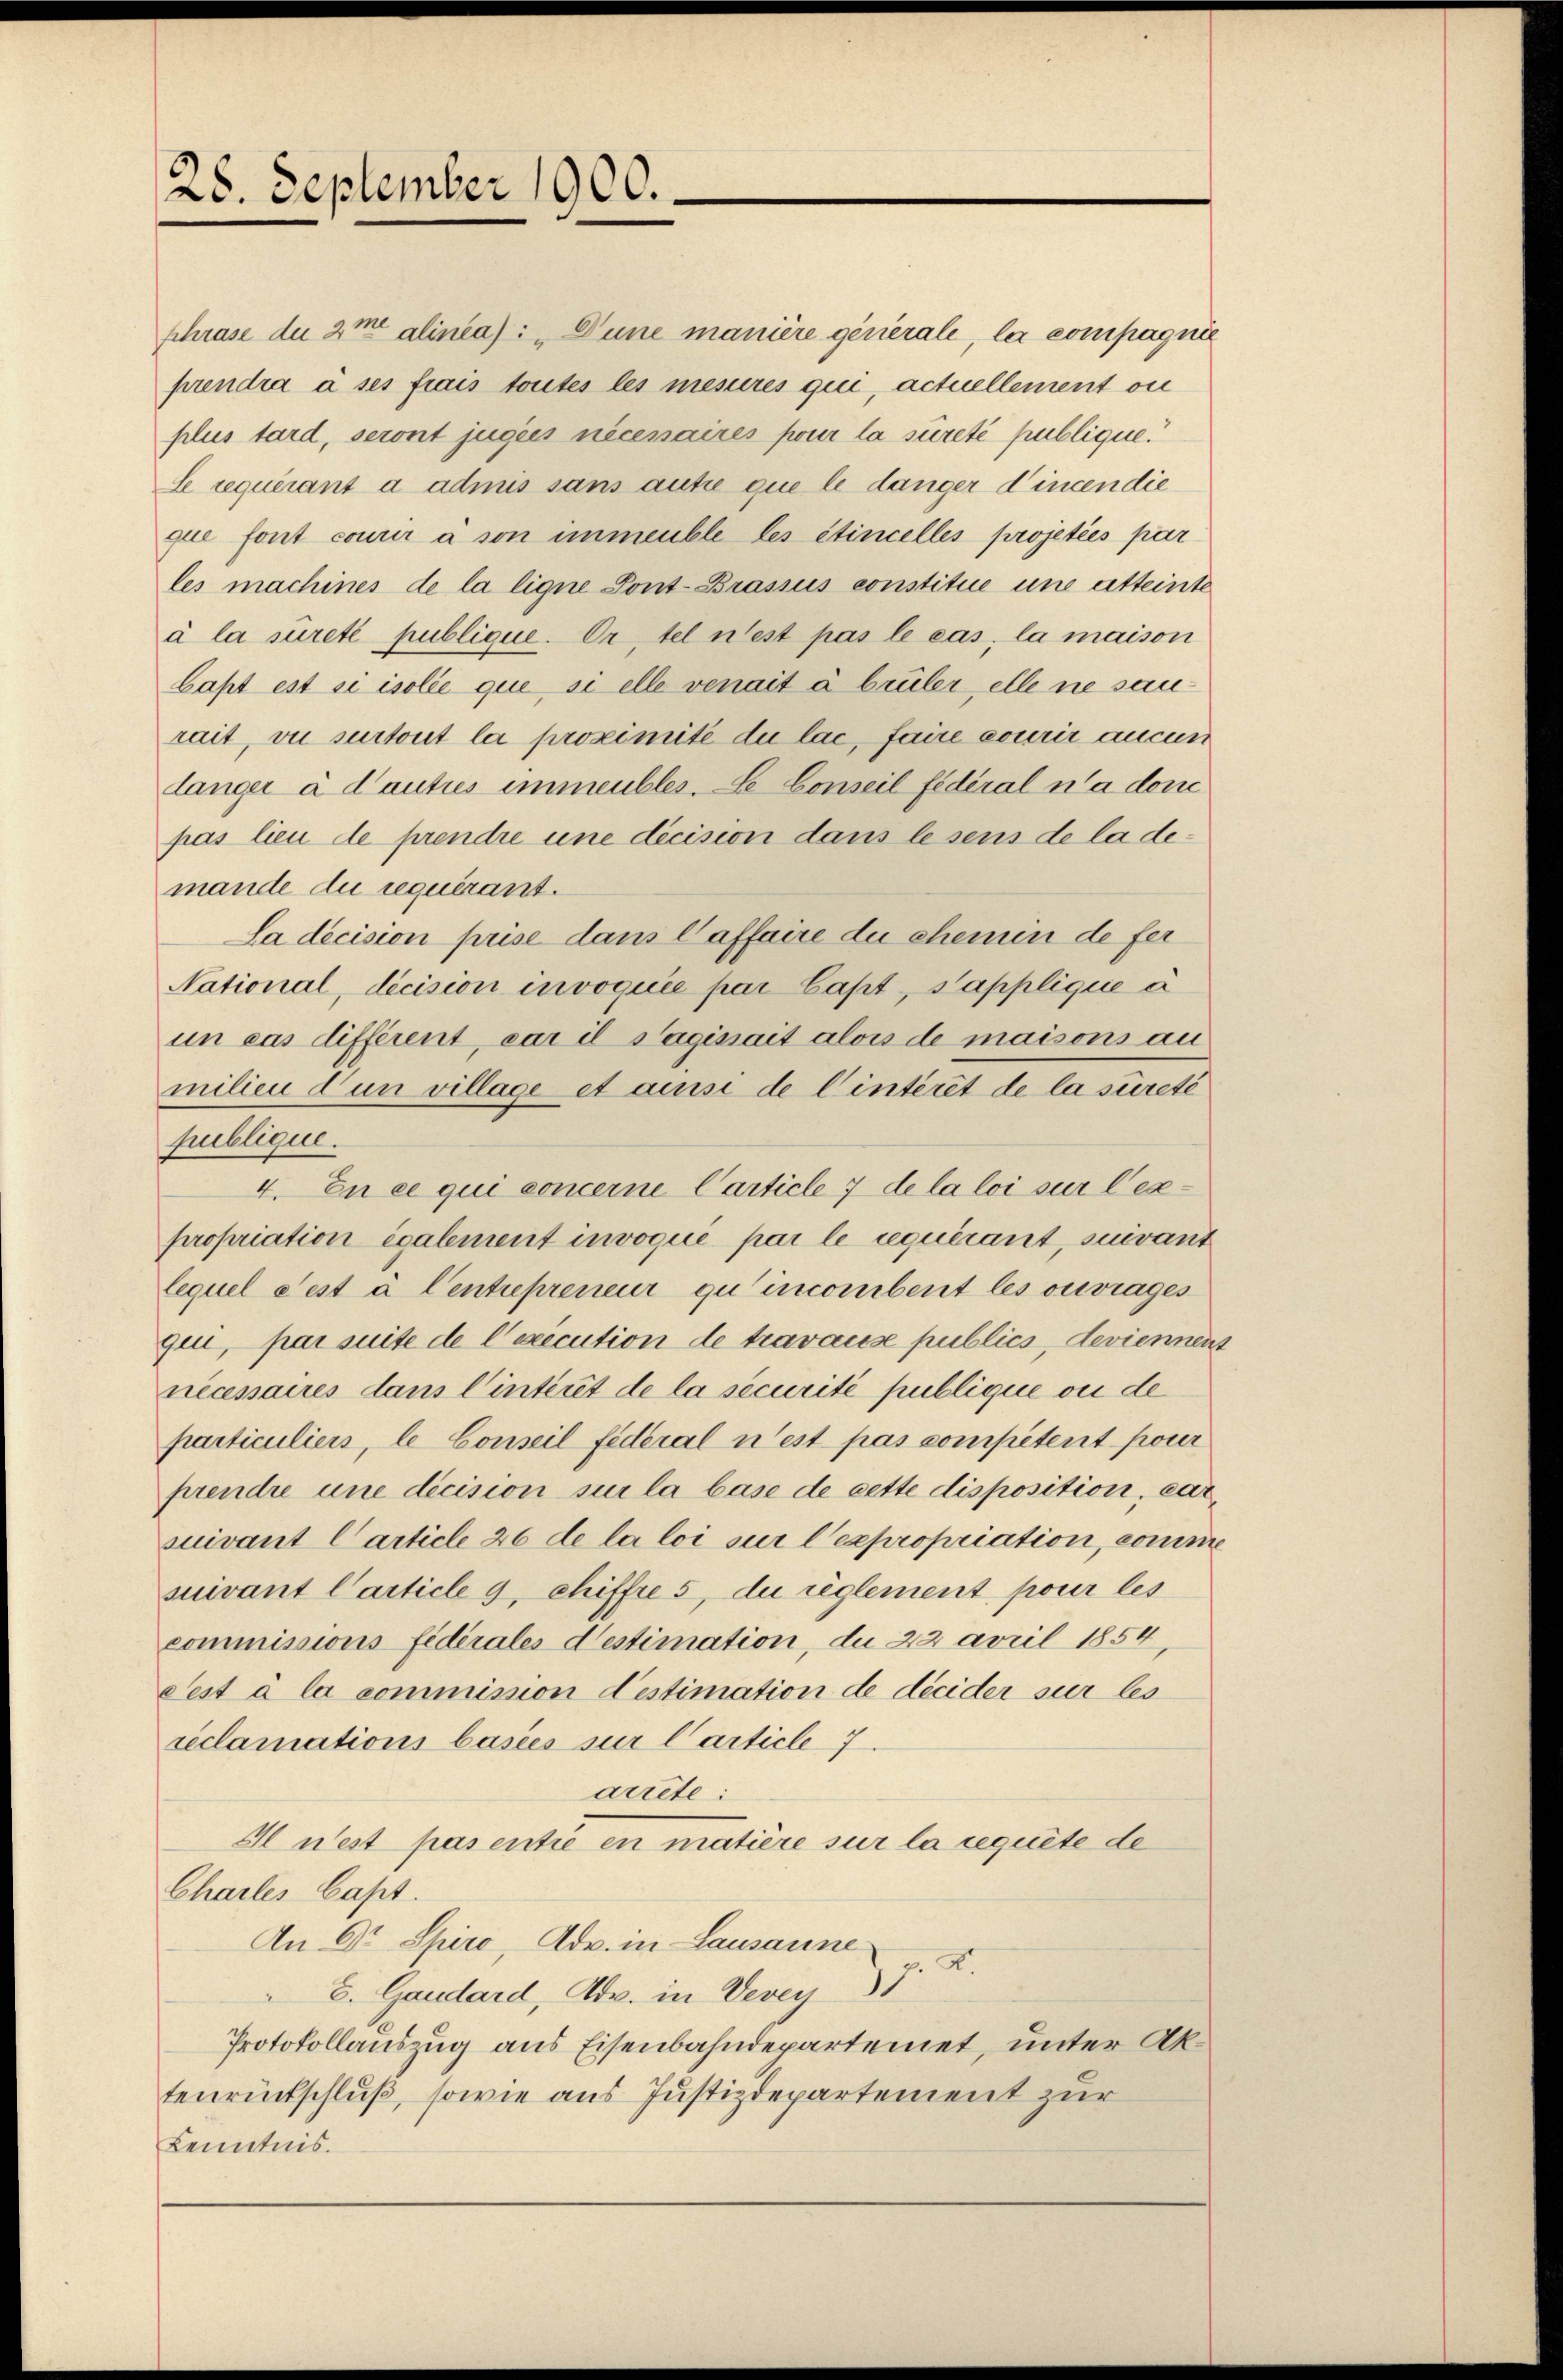
28. September 1900.

phrase du 2me alinea: „Dune manière generale, la compagnie
prendra à ses frais toutes les mesures qui, actuellement ou
plus tard, seront jugées necessaires pour la sûreté publique.
Se requérant à admis sans autre que le danger Vincen die
que font courir à son unmeuble les étincelles projetées par
les machines de la ligne Pont-Brasius constitue une atteinte
à la sureté publique. Er, tel n’est pas le cas, la maison
bast est si isolie que si elle venait à brüler, elle ne sonrait, vie surtout la proximité du lac, faire courir aucun
länger à d’autres immeubles. Le Conseil fédéral n’a don
pas lieu de prendre une décision dans le sens de la demande die requirant.
Sa decision prise dans Caffaire du chemin de fer
National, decision invoquée par Last, Sapplique c
un cas différent, car il Saginait alors de maisons au
milien dun village et ainsi de l’intérêt de la sureté
publique.
4. En ce qui concerne Carticle 7 de la loi sur lezpropriation également invoque par le requirant, suivant
lequel cest à Centrepreneur quincombent les ouvrages
qui, par suite de Cexecution de travause publics, deviennent
nécessaires dans Cintérêt de la securité publique ou de
particuliers, le Conseil fédéral n’est pas competent pour
prendre une décision sur la base de cette disposition, carsuivant Carticle 26 de la loi sur l’expropriation, comme
suivant l’article 9, Chiffre 5, du règlement pour les
commissions fidérales destimation, du 22 avril 1854,
cest à la commission destimation de décider sur les
reclamations basies sur l’article 7
arrete:
Il n’est pas entie en matière sur la requite de
Chartes Capt.
An Dr Spiro, Adv. in Lausanne u.
8. Gaudard, Adv. in Vevey
Protokollauszug aus Eisenbahndepartemet, unter Aktenrückschluß, sowie aus Justizdepartement zur
Kenntnis.